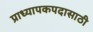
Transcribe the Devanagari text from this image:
प्राध्यापकपदासाठी